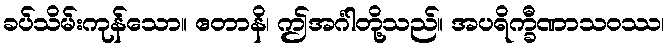
ခပ်သိမ်းကုန်သော။ ဧတာနိ၊ ဤအင်္ဂါတို့သည်။ အပရိက္ခီဏာသဝဿ၊